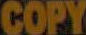
COPY